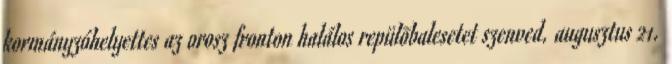
kormányzóhelyettes az orosz fronton halálos repülõbalesetet szenved. augusztus 21.